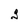
Character: g